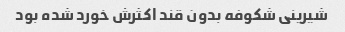
شیرینی شکوفه بدون قند اکثرش خورد شده بود